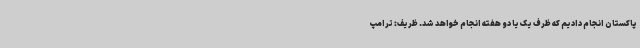
پاکستان انجام دادیم که ظرف یک یا دو هفته انجام خواهد شد. ظریف: ترامپ